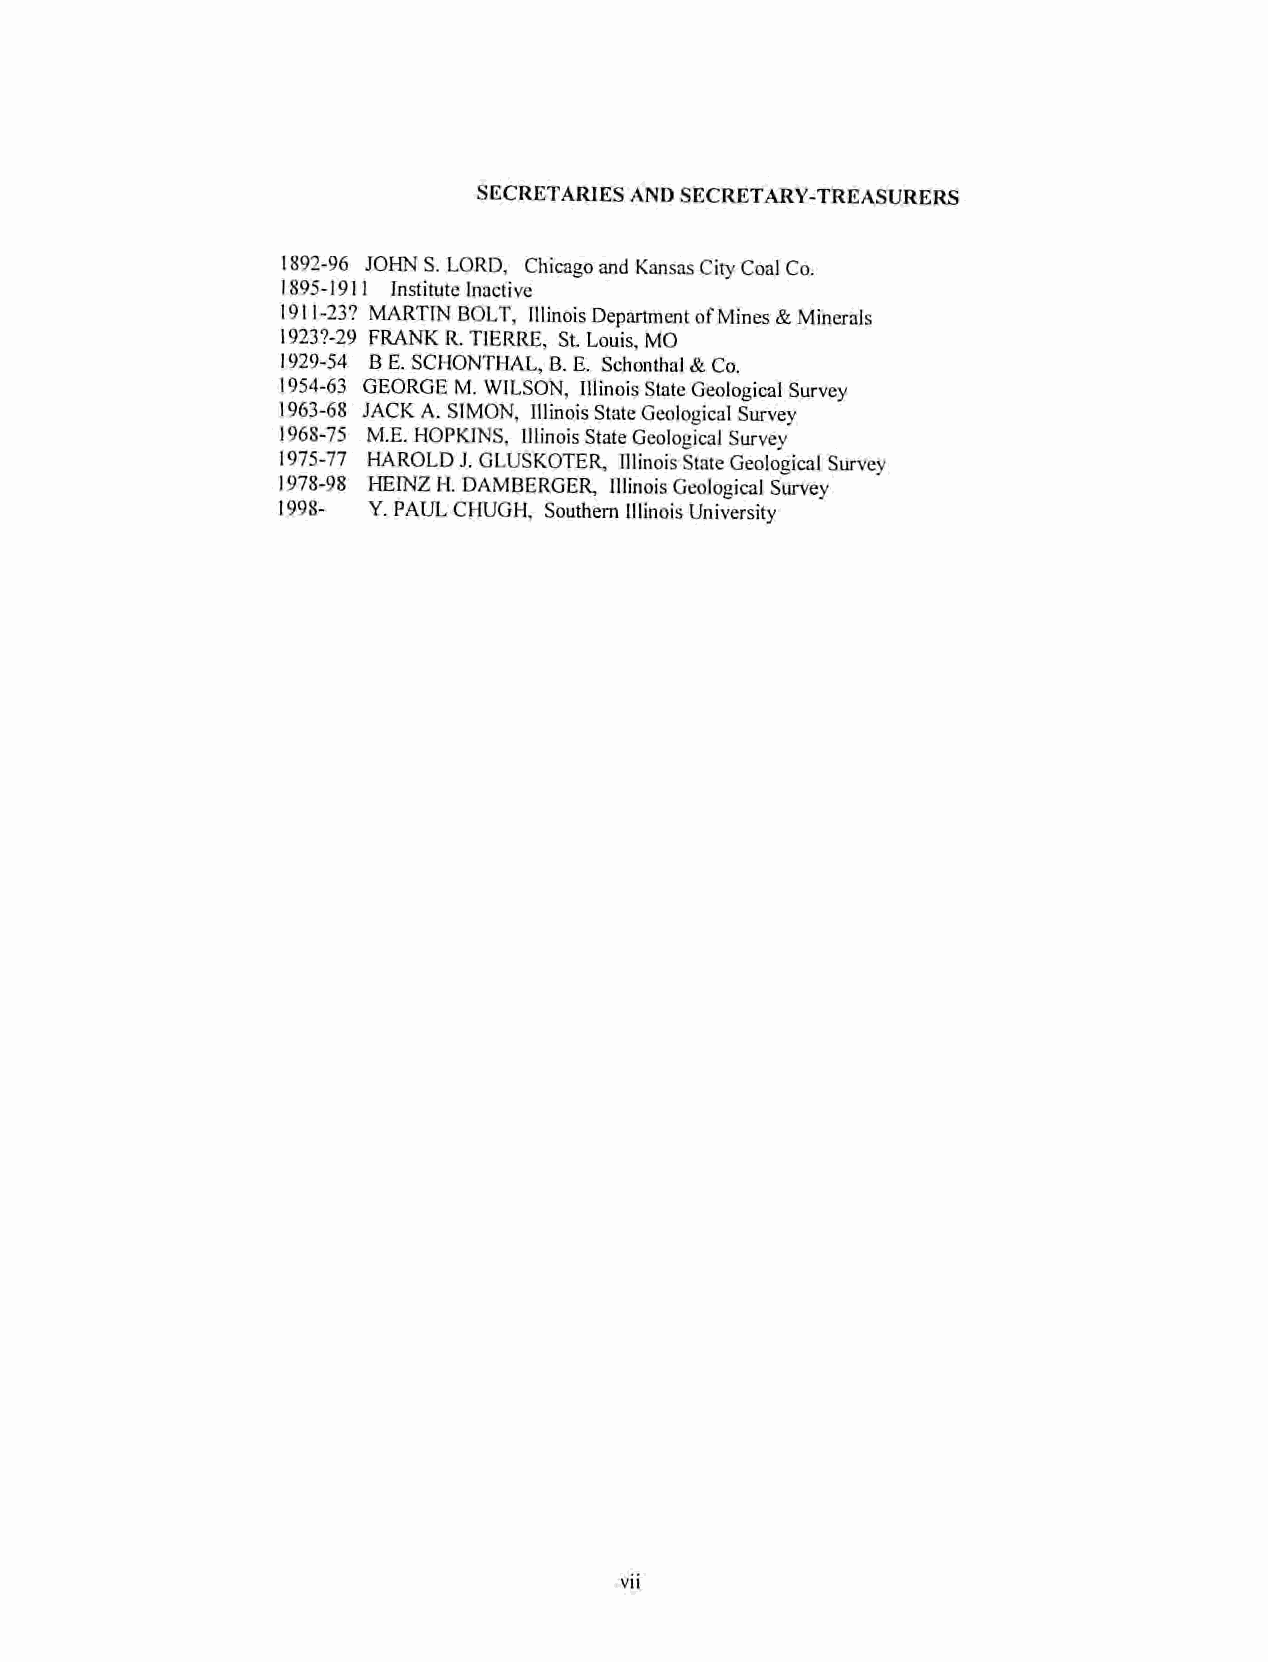
SFXRETARIES ANDSECRETARY-TREASURERS
 1892-96 JOHN S. LORD. Chicago and Kansas City Coal Co.
 1895-1911 Institute Inactive
 1911-23? MARTIN BOLT, Illinois Department ofMines&Minerals
 19237-29 FRANKR.TIERRE, St. Louis,MO
 1929-54 BE. SCHONTIIAL, B.E. Schonthal & Co.
 1954-63 GEORGE M. WILSON, Illinois StateGeological Survey
 1963-68 JACK A. SIMON, IllinoisStateGeological Survey
 1968-75 M.E. HOPKINS, Illinois StateGeological Survey
 1975-77 HAROLDJ. GLUSKOTER, Illinois State Geolo'eical Survey
 1978-98 HEINZ H. DAMBERGER, Illinois Geological Survey
 1998- Y. PAUL CHUGH, Southern Illinois University
 VII